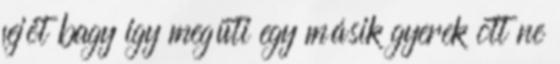
fejèt bagy igy megüti egy másik gyerek ott ne